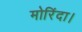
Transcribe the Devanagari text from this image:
मोरिंदा।